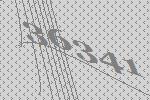
36341